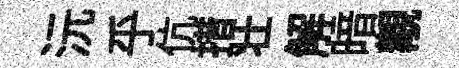
沅乎伉措壮解暗覯